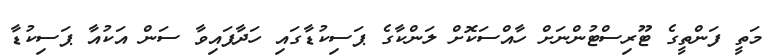
މަތީ ފަންތީގެ ޓޫރިސްޓުންނަށް ހާއްސަކޮށް ލަންކާގެ ޕަސިކުޑާގައި ހަދާފައިވާ ސަން އަކުއާ ޕަސިކުޑާ